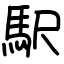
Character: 駅